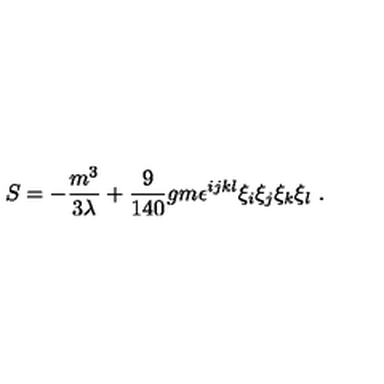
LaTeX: S = - \frac { m ^ { 3 } } { 3 \lambda } + \frac { 9 } { 1 4 0 } g m \epsilon ^ { i j k l } \xi _ { i } \xi _ { j } \xi _ { k } \xi _ { l } \ .